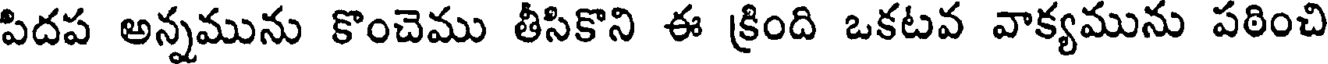
పిదప అన్నమును కొంచెము తీసికొని ఈ క్రింది ఒకటవ వాక్యమును పఠించి